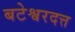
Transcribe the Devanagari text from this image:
बटेश्वरदत्त